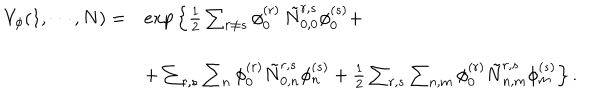
\begin{array} { l l } { { V _ { \phi } ( 1 , \cdots , N ) = } } & { { e x p \left\{ \frac { 1 } { 2 } \sum _ { r \neq s } \phi _ { 0 } ^ { ( r ) } \, \tilde { N } _ { 0 , 0 } ^ { r , s } \phi _ { 0 } ^ { ( s ) } + \right. } } \\ { { } } & { { \left. + \sum _ { r , s } \sum _ { n } \phi _ { 0 } ^ { ( r ) } \tilde { N } _ { 0 , n } ^ { r , s } \phi _ { n } ^ { ( s ) } + \frac { 1 } { 2 } \sum _ { r , s } \sum _ { n , m } \phi _ { 0 } ^ { ( r ) } \tilde { N } _ { n , m } ^ { r , s } \phi _ { m } ^ { ( s ) } \right\} . } } \\ \end{array}